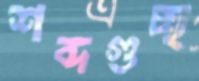
শব্দগুচ্ছ